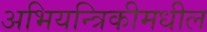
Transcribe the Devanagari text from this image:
अभियन्त्रिकीमधील